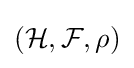
({\mathcal {H}},{\mathcal {F}},\rho )